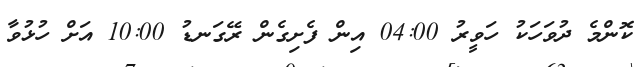
ކޮންމެ ދުވަހަކު ހަވީރު 04:00 އިން ފެށިގެން ރޭގަނޑު 10:00 އަށް ހުޅުވާ